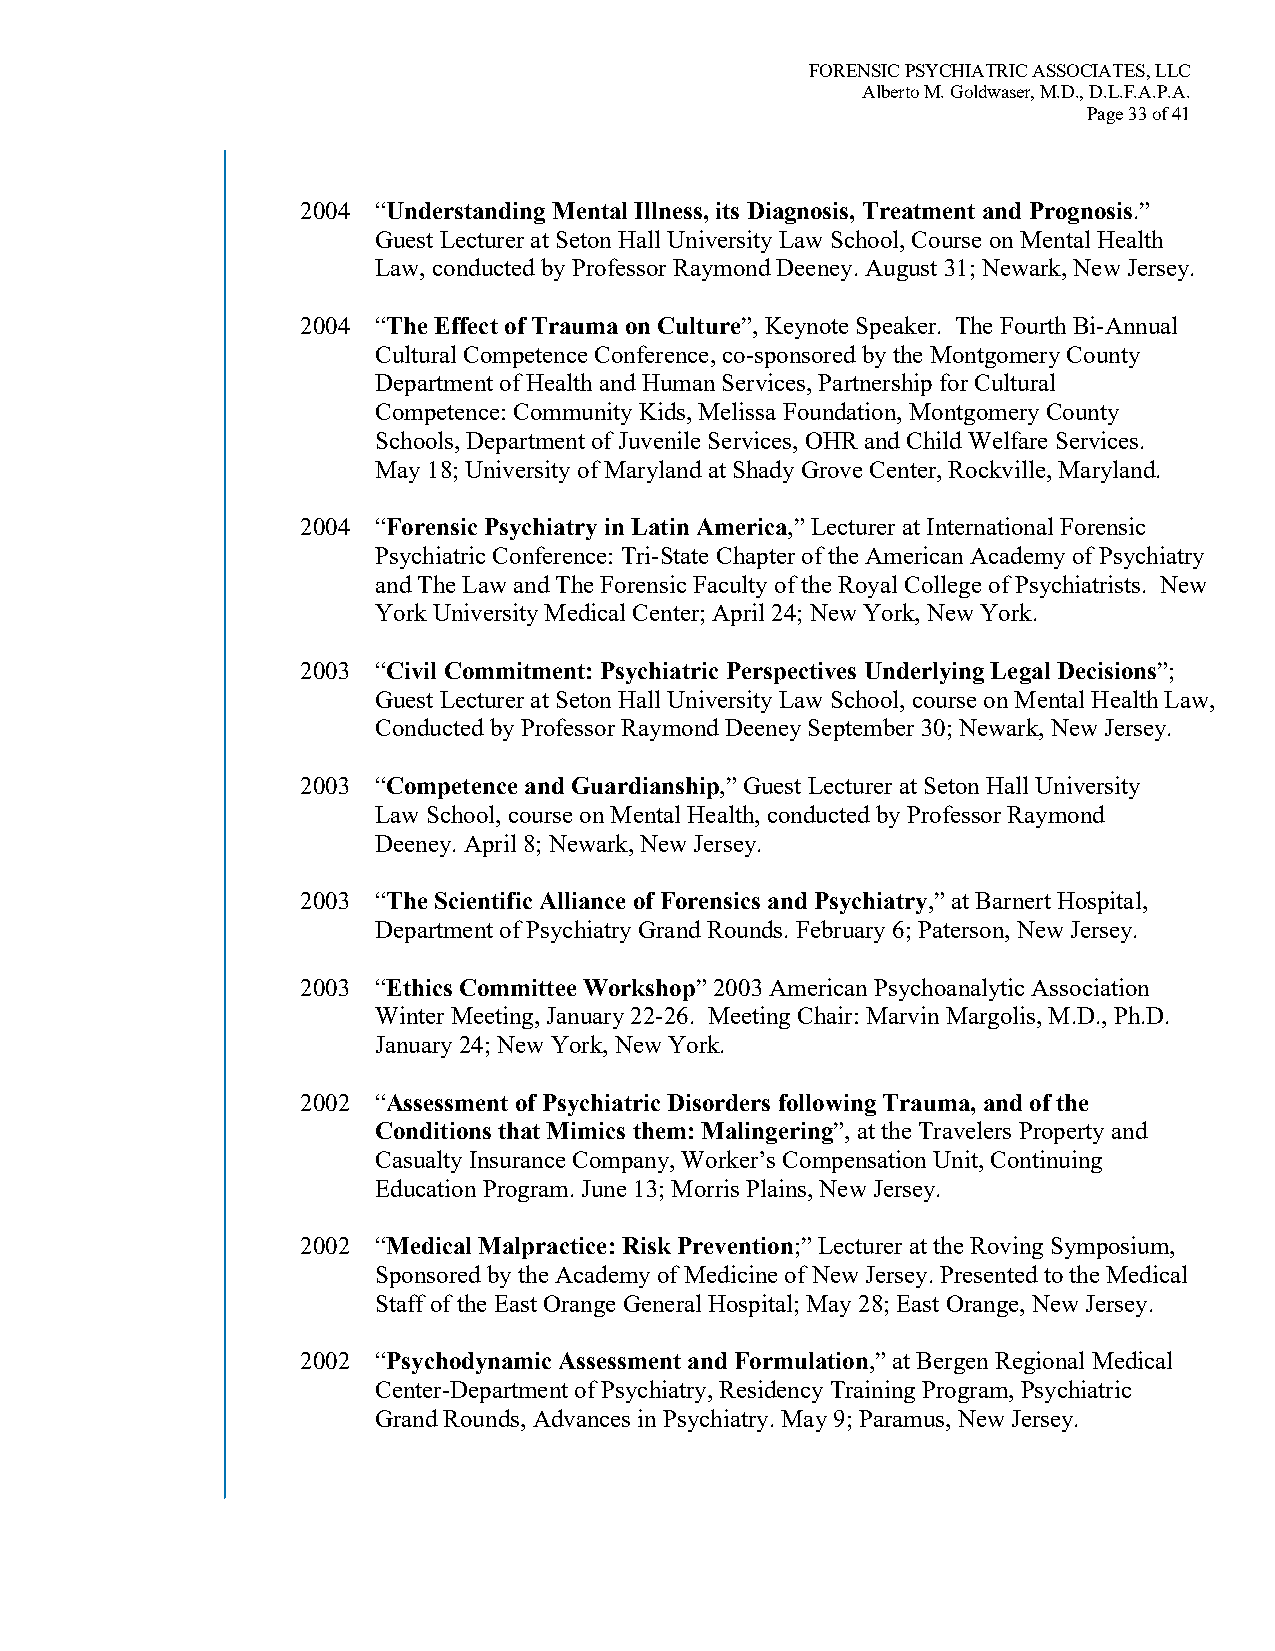
FORENSIC PSYCHIATRIC ASSOCIATES, LLC
 Alberto M. Goldwaser, M.D., D.L.F.A.P.A.
 Page 33 of 41
 2004 “Understanding Mental Illness, its Diagnosis, Treatment and Prognosis.”
 Guest Lecturer at Seton Hall University Law School, Course on Mental Health
 Law, conducted by Professor Raymond Deeney. August 31; Newark, New Jersey.
 2004 “The Effect of Trauma on Culture”, Keynote Speaker. The Fourth Bi-Annual
 Cultural Competence Conference, co-sponsored by the Montgomery County
 Department of Health and Human Services, Partnership for Cultural
 Competence: Community Kids, Melissa Foundation, Montgomery County
 Schools, Department of Juvenile Services, OHR and Child Welfare Services.
 May 18; University of Maryland at Shady Grove Center, Rockville, Maryland.
 2004 “Forensic Psychiatry in Latin America,” Lecturer at International Forensic
 Psychiatric Conference: Tri-State Chapter of the American Academy of Psychiatry
 and The Law and The Forensic Faculty of the Royal College of Psychiatrists. New
 York University Medical Center; April 24; New York, New York.
 2003 “Civil Commitment: Psychiatric Perspectives Underlying Legal Decisions”;
 Guest Lecturer at Seton Hall University Law School, course on Mental Health Law,
 Conducted by Professor Raymond Deeney September 30; Newark, New Jersey.
 2003 “Competence and Guardianship,” Guest Lecturer at Seton Hall University
 Law School, course on Mental Health, conducted by Professor Raymond
 Deeney. April 8; Newark, New Jersey.
 2003 “The Scientific Alliance of Forensics and Psychiatry,” at Barnert Hospital,
 Department of Psychiatry Grand Rounds. February 6; Paterson, New Jersey.
 2003 “Ethics Committee Workshop” 2003 American Psychoanalytic Association
 Winter Meeting, January 22-26. Meeting Chair: Marvin Margolis, M.D., Ph.D.
 January 24; New York, New York.
 2002 “Assessment of Psychiatric Disorders following Trauma, and of the
 Conditions that Mimics them: Malingering”, at the Travelers Property and
 Casualty Insurance Company, Worker’s Compensation Unit, Continuing
 Education Program. June 13; Morris Plains, New Jersey.
 2002 “Medical Malpractice: Risk Prevention;” Lecturer at the Roving Symposium,
 Sponsored by the Academy of Medicine of New Jersey. Presented to the Medical
 Staff of the East Orange General Hospital; May 28; East Orange, New Jersey.
 2002 “Psychodynamic Assessment and Formulation,” at Bergen Regional Medical
 Center-Department of Psychiatry, Residency Training Program, Psychiatric
 Grand Rounds, Advances in Psychiatry. May 9; Paramus, New Jersey.